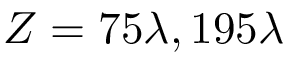
Z = 7 5 \lambda , 1 9 5 \lambda